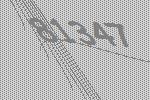
81347